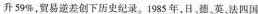
升59%，贸易逆差创下历史纪录。1985年，日，英法四国